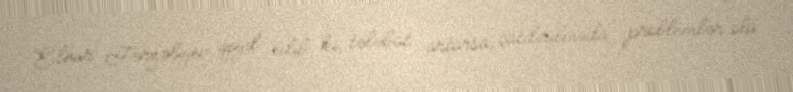
Elnur Fərzəliyev qeyd edib ki, tələbat artarsa, çatdırılmada problemlər ola